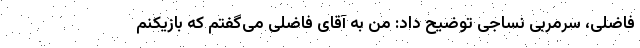
فاضلی، سرمربی نساجی توضیح داد: من به آقای فاضلی می‌گفتم که بازیکنم